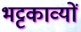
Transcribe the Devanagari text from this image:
भट्टकाव्यों